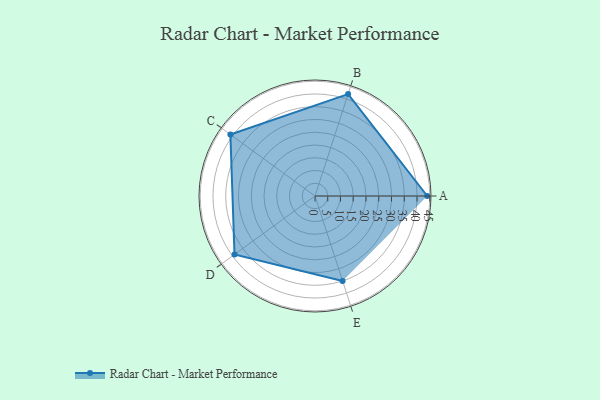
{"axis": {"x": "Skill", "y": "Score"}, "legend": ["Profile"], "data": [{"x": "A", "y": 44.0, "type": "Profile"}, {"x": "B", "y": 42.0, "type": "Profile"}, {"x": "C", "y": 41.0, "type": "Profile"}, {"x": "D", "y": 39.0, "type": "Profile"}, {"x": "E", "y": 35.0, "type": "Profile"}]}